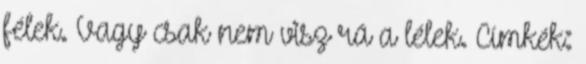
félek. Vagy csak nem visz rá a lélek. Címkék: